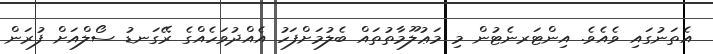
އެތަނުގައި ވެއެވެ. އިންޓަރނެޓުން މި މަޢުލޫމާތުތައް ބެލުމަށްފަހު އެއްދުވަހެއްގެ ރޭގަނޑު ސޯލްއަށް ފުރަން